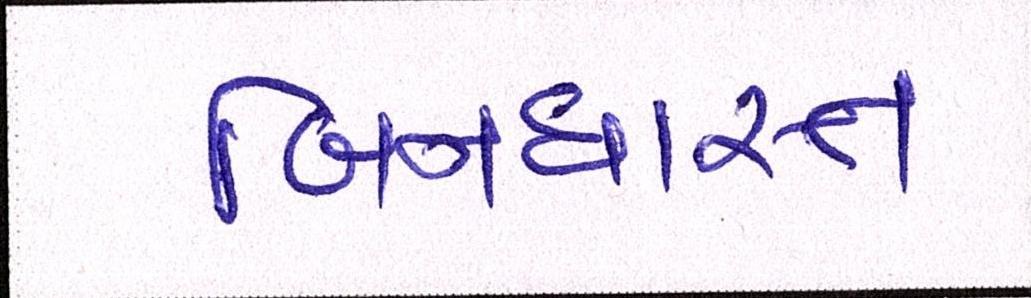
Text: બિનધાસ્ત